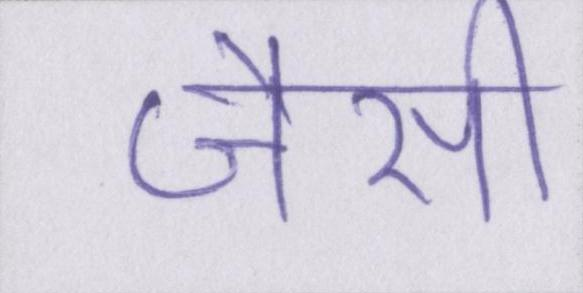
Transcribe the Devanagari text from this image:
जैसी